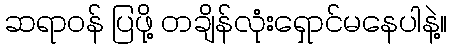
ဆရာဝန် ပြဖို့ တချိန်လုံးရှောင်မနေပါနဲ့။